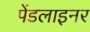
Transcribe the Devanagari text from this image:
पेंडलाइनर